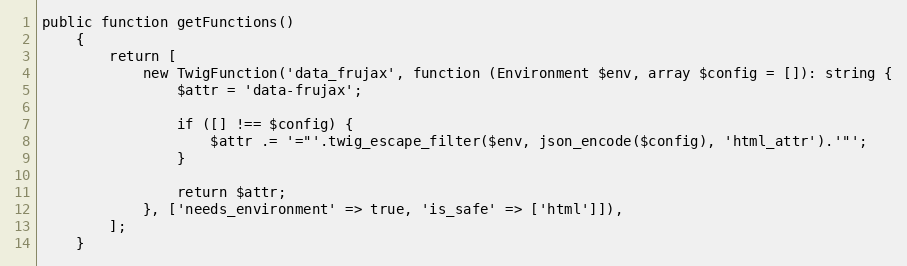
Language: PHP
public function getFunctions()
    {
        return [
            new TwigFunction('data_frujax', function (Environment $env, array $config = []): string {
                $attr = 'data-frujax';

                if ([] !== $config) {
                    $attr .= '="'.twig_escape_filter($env, json_encode($config), 'html_attr').'"';
                }

                return $attr;
            }, ['needs_environment' => true, 'is_safe' => ['html']]),
        ];
    }